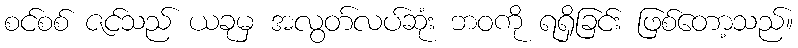
စင်စစ် ဇင်သည် ယခုမှ အလွတ်လပ်ဆုံး ဘဝကို ရရှိခြင်း ဖြစ်တော့သည်။